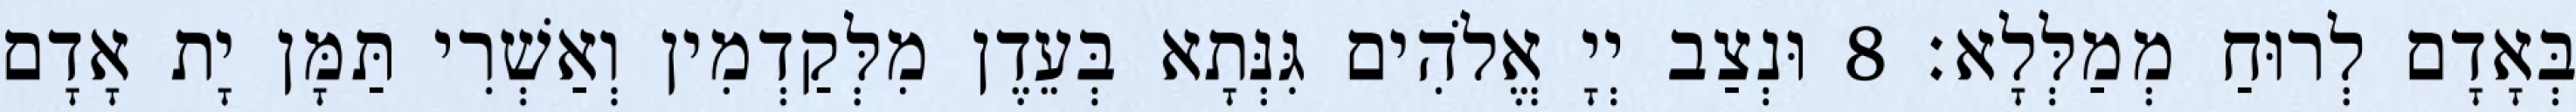
בְּאָדָם לְרוּחַ מְמַלְּלָא׃ 8 וּנְצַב יְיָ אֱלֹהִים גִּנְּתָא בְּעֵדֶן מִלְּקַדְמִין וְאַשְׁרִי תַּמָּן יָת אָדָם